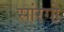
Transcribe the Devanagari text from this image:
सांरगी